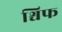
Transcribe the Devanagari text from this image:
श्चिफ